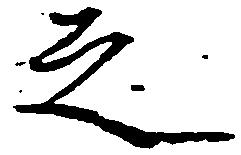
之